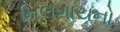
નિલગાયનો